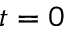
t = 0